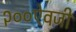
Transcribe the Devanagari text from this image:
२००ऐवजी